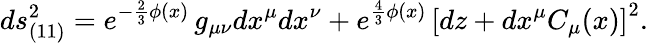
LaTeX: ds_{(11)}^{2}=e^{-\frac 23\phi(x)}\, g_{\mu\nu}dx^{\mu}dx^{\nu}+e^{\frac 43\phi(x)}\, \left[dz+dx^{\mu}C_{\mu}(x)\right]^{2}.